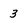
Character: 3